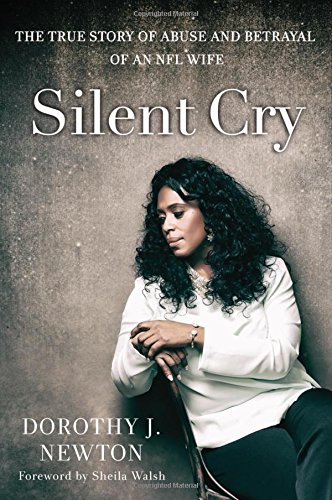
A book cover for Silent Cry: The True Story of Abuse and Betrayal of an NFL Wife; Dorothy J. Newton; Biographies & Memoirs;